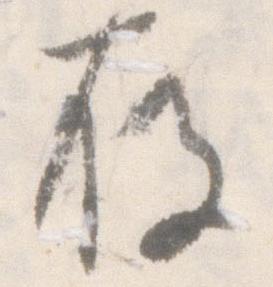
存